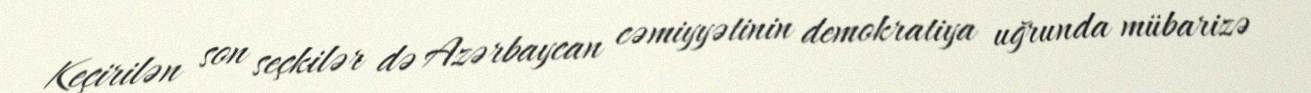
Keçirilən son seçkilər də Azərbaycan cəmiyyətinin demokratiya uğrunda mübarizə